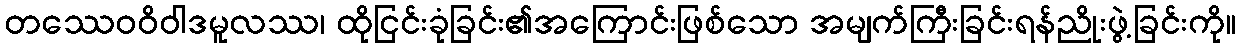
တဿေဝဝိဝါဒမူလဿ၊ ထိုငြင်းခုံခြင်း၏အကြောင်းဖြစ်သော အမျက်ကြီးခြင်းရန်ညိုးဖွဲ့ခြင်းကို။